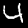
Digit: 4